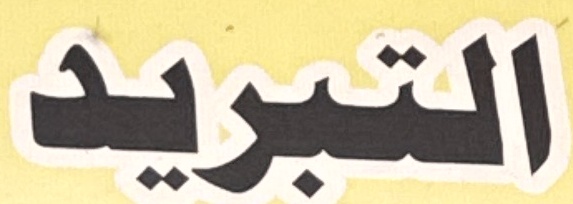
التبرید